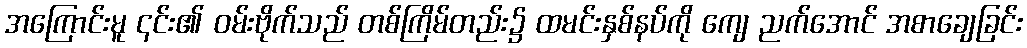
အကြောင်းမူ ၎င်း၏ ဝမ်းဗိုက်သည် တစ်ကြိမ်တည်း၌ ထမင်းနှစ်နပ်ကို ကျေ ညက်အောင် အစာချေခြင်း